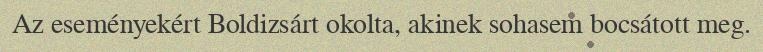
Az eseményekért Boldizsárt okolta, akinek sohasem bocsátott meg.